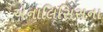
એનાલિસિસના